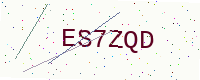
Text: ES7ZQD